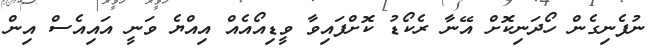
ނުފެނިގެން ހޯދަނިކޮށް އޭނާ ރެކޯޑު ކޮށްފައިވާ ވީޑިއޯއެއް އިއްޔެ ވަނީ އައިއެސް އިން